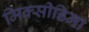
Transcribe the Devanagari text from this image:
मिक्सीडिमा